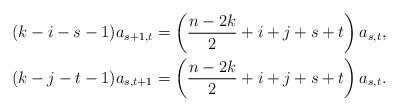
LaTeX: \begin{align*} (k-i-s-1)a_{s+1,t} & = \left(\frac{n-2k}{2}+i+j+s+t\right)a_{s,t} , \\ (k-j-t-1)a_{s,t+1} & = \left(\frac{n-2k}{2}+i+j+s+t\right)a_{s,t} . \end{align*}